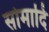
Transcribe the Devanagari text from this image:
सोमादि